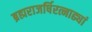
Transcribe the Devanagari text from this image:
ब्रह्मराजर्षिरत्नाढ्यां